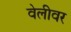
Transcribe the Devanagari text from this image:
वेलीवर